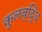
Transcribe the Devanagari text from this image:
कुलवृद्धि